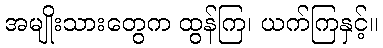
အမျိုးသားတွေက ထွန်ကြ၊ ယက်ကြနှင့်။